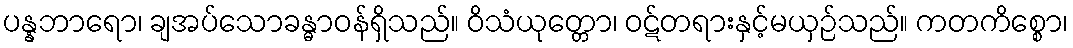
ပန္နဘာရော၊ ချအပ်သောခန္ဓာဝန်ရှိသည်။ ဝိသံယုတ္တော၊ ဝဋ်တရားနှင့်မယှဉ်သည်။ ကတကိစ္စော၊